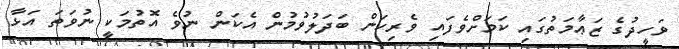
ވަހީދުގެ ޒަޢާމަތުގައި ކަމަށްވެފައި ވެރިކަން ބަދަލުވުމުން އެކަން ނުވެ އޮތުމަކީ ނުވަތަ އަޅާ